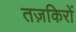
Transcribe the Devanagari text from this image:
तज़किरों